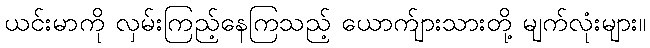
ယင်းမာကို လှမ်းကြည့်နေကြသည့် ယောက်ျားသားတို့ မျက်လုံးများ။